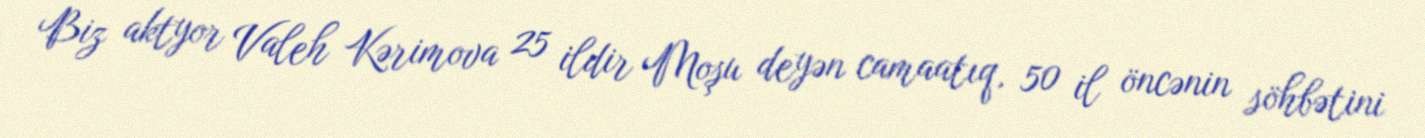
Biz aktyor Valeh Kərimova 25 ildir Moşu deyən camaatıq, 50 il öncənin söhbətini